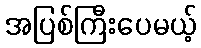
အပြစ်ကြီးပေမယ့်